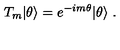
T _ { m } | \theta \rangle = e ^ { - i m \theta } | \theta \rangle \ .